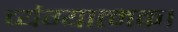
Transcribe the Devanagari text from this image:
व्यंग्यात्मक।